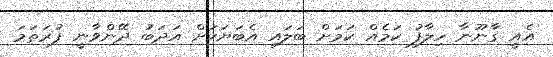
އެއީ ގާނޫނާ ހިލާފު ކަމެއް ކަމަށް ބަލައި އެބަޔަކަށް އަދަބު ދޭންވާނީ ފުރަތަމަ